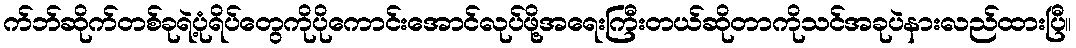
က်ဘ်ဆိုက်တစ်ခုရဲ့ပုံရိပ်တွေကိုပိုကောင်းအောင်လုပ်ဖို့အရေးကြီးတယ်ဆိုတာကိုသင်အခုပဲနားလည်ထားပြီ။